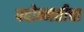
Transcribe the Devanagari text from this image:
पदोन्नतीचा